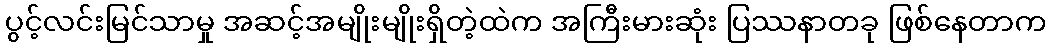
ပွင့်လင်းမြင်သာမှု အဆင့်အမျိုးမျိုးရှိတဲ့ထဲက အကြီးမားဆုံး ပြဿနာတခု ဖြစ်နေတာက